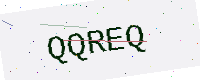
Text: QQREQ